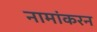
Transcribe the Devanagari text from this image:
नामांकरन